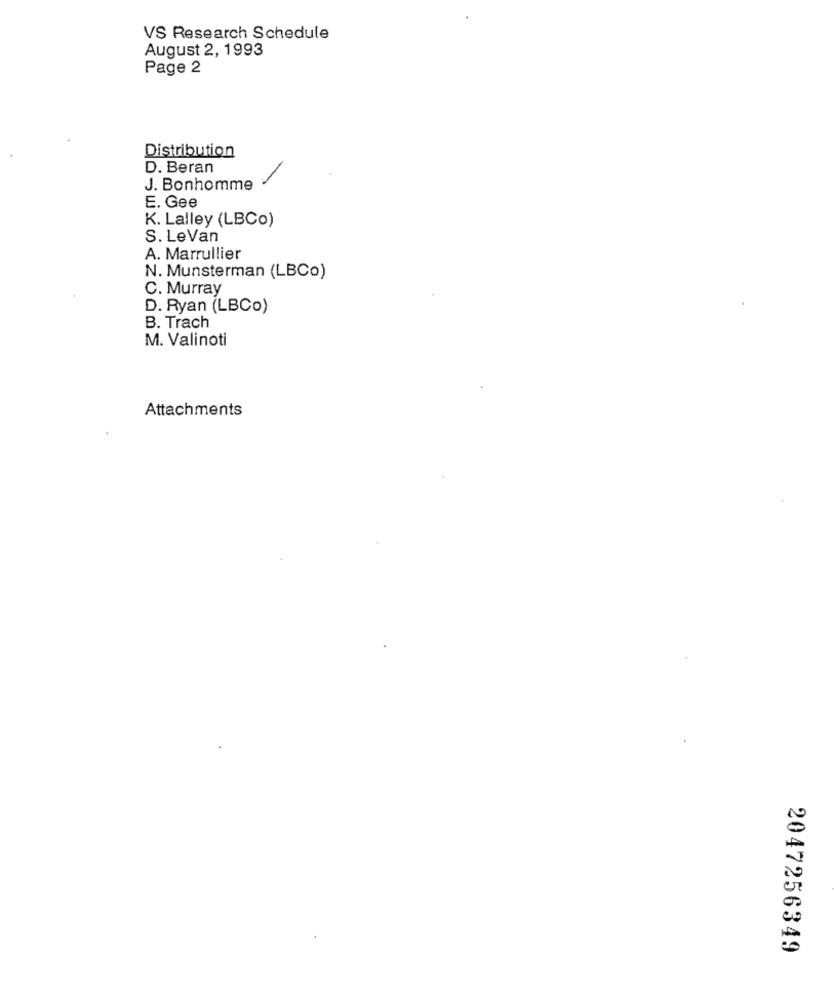
VS Research Schedule
August 2, 1993
Page 2
Distribution
D. Beran
J. Bonhomme
E. Gee
K. Lalley (LBCo)
S. LeVan
A. Marrullier
N. Munsterman (LBCo)
C. Murray
D. Ryan (LBCo)
B. Trach
M. Valinoti
Attachments
2047256349